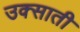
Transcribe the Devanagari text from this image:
उक्साती